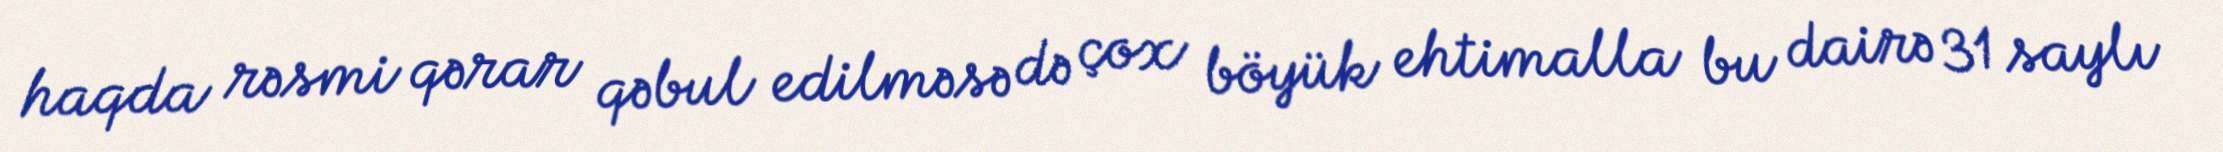
haqda rəsmi qərar qəbul edilməsə də çox böyük ehtimalla bu dairə 31 saylı